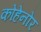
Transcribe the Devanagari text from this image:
कोहेनोर